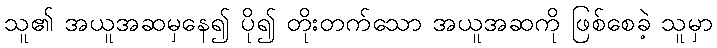
သူ၏ အယူအဆမှနေ၍ ပို၍ တိုးတက်သော အယူအဆကို ဖြစ်စေခဲ့ သူမှာ